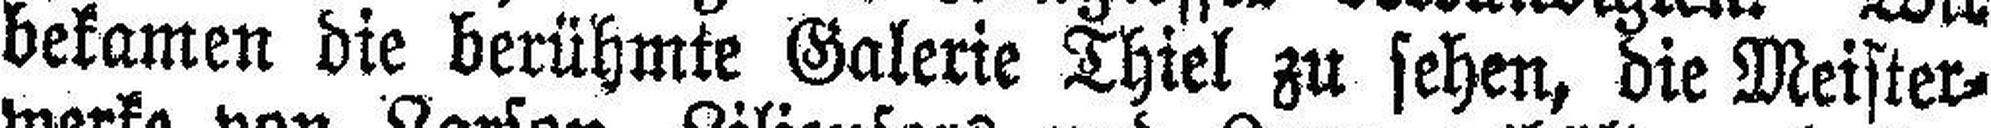
bekamen die berühmte Galerie Thiel zu sehen, die Meister¬